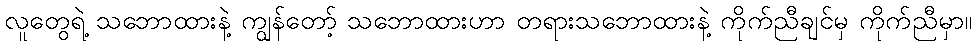
လူတွေရဲ့ သဘောထားနဲ့ ကျွန်တော့် သဘောထားဟာ တရားသဘောထားနဲ့ ကိုက်ညီချင်မှ ကိုက်ညီမှာ။